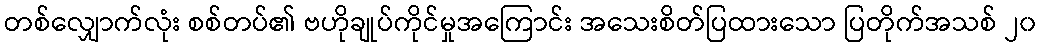
တစ်လျှောက်လုံး စစ်တပ်၏ ဗဟိုချုပ်ကိုင်မှုအကြောင်း အသေးစိတ်ပြထားသော ပြတိုက်အသစ် ၂၀